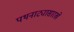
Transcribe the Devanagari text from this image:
पथनाट्यासारखे